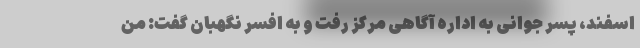
اسفند، پسر جوانی به اداره آگاهی مرکز رفت و به افسر نگهبان گفت: من